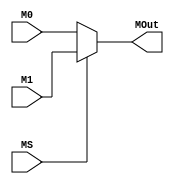
`timescale 1ns / 1ps
/*
    MUX Module:
        - 2 input / Select / 1 Output
        - Paramterized
        - Purely Combinational
*/
module MX2 #(parameter BL = 32)
           (input MS,
            input [BL-1:0] M0, M1,
            output [BL-1:0] MOut);

// Combinational Logic:
assign MOut = MS ? M1 : M0;

endmodule